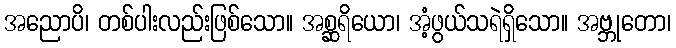
အညောပိ၊ တစ်ပါးလည်းဖြစ်သော။ အစ္ဆရိယော၊ အံ့ဖွယ်သရဲရှိသော။ အဗ္ဘုတော၊